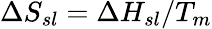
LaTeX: \Delta S_{sl}=\Delta H_{sl}/T_{m}